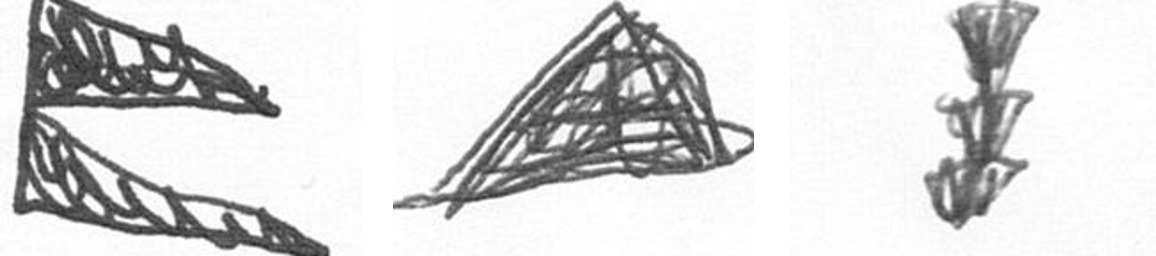
P O E